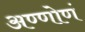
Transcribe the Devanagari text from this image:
अण्णोणं